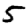
Digit: 5